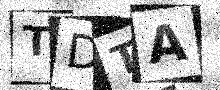
Text: TDTA